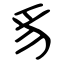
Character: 豸